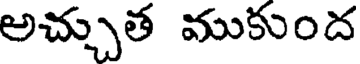
అచ్చుత ముకుంద